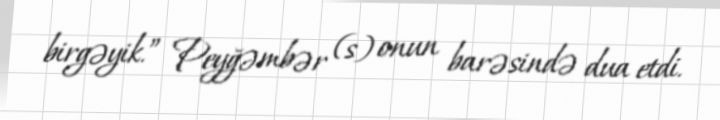
birgəyik.” Peyğəmbər (s) onun barəsində dua etdi.